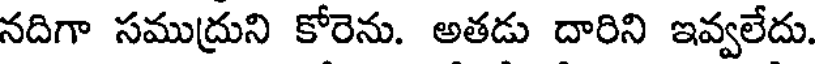
నదిగా సముద్రుని కోరెను. అతడు దారిని ఇవ్వలేదు.